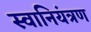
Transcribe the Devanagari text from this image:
स्वानियंत्रण